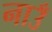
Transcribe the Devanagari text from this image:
नाउँ